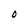
Character: O